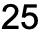
25